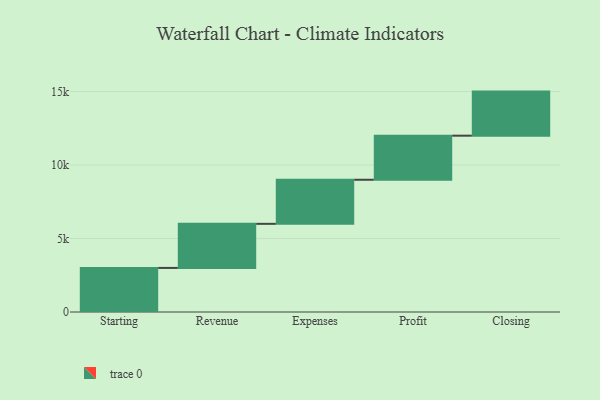
{"axis": {"x": "Step", "y": "Value"}, "legend": [""], "data": [{"x": "Starting", "y": 3000, "type": ""}, {"x": "Revenue", "y": 3000, "type": ""}, {"x": "Expenses", "y": 3000, "type": ""}, {"x": "Profit", "y": 3000, "type": ""}, {"x": "Closing", "y": 3000, "type": ""}]}